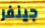
جينفر